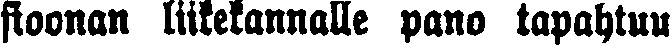
fioonan liikekannalle pano tapahtuu